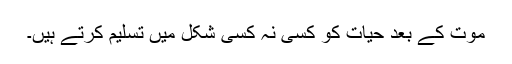
موت کے بعد حیات کو کسی نہ کسی شکل میں تسلیم کرتے ہیں۔